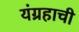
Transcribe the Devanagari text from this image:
यंग्रहाची